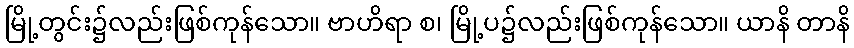
မြို့တွင်း၌လည်းဖြစ်ကုန်သော။ ဗာဟိရာ စ၊ မြို့ပ၌လည်းဖြစ်ကုန်သော။ ယာနိ တာနိ